Reports on military cantonments and civil stations in the Presidency of Bombay inspected by the Sanitary Commissioner in the years 1875 and 1876
Year: 1875
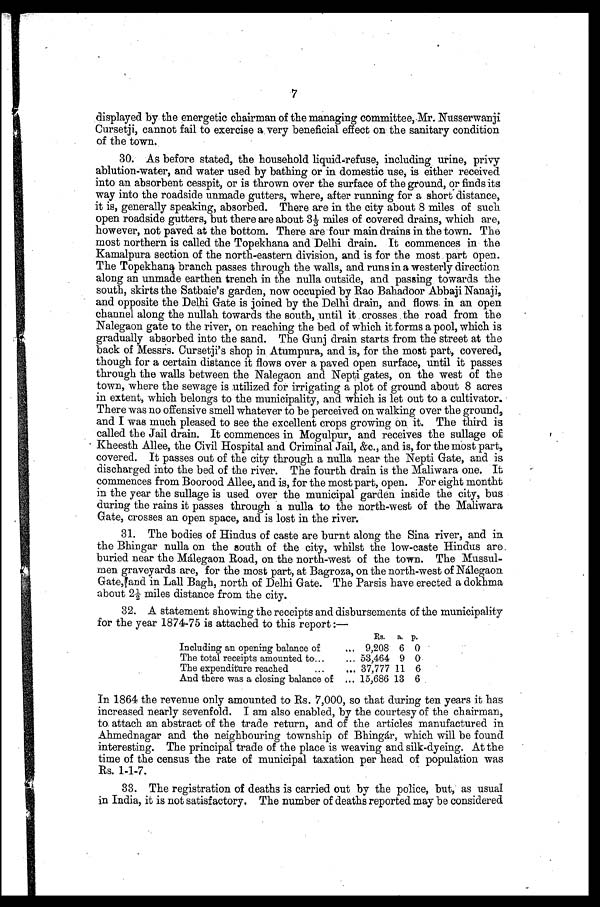
11
Whilst standing they are constant sources of danger to passers-by; and the
properties should be enclosed, as they otherwise become depôts of filth.
40. The streets should be named, and the width of each street in the city
should be determined upon, and marked on the map; and whenever an application
is received for building or rebuilding a house, set-backs should be most rigidly
enforced; and every effort should be made to open out the covered portion of the
road-side gutters, which should, in order to prevent the saturation of the sub
-soil, be paved with stones laid in the form of the letter U.
41. No private privies should be allowed to be built inside houses, their
erection should be discouraged as much as possible; but if permitted, their isola
-tion by an air-space of 3 feet all round should be insisted upon, and no privy trap
-doors should be allowed to open into a public street. Wherever two or more
properties adjoin, a sweeper's passage, which should be paved and which should
communicate with a drain, should be left to give access to the backs of the
privies; and I am of opinion, that as the wadgas are dangerous to the public
health, they ought to be abolished; but, before this action is taken, the municipa
-lity ought to erect a greater number of public necessaries.
42. I also think that the burial of nightsoil at the public necessaries
situated within a few yards of the Málegaon Road and at Waitagwadi is objection
-able, and ought not to be continued, as, not only is it dangerous to the health of
the lime-kiln burners and others in the neighbourhood, but it is too near the
police lines and to the officers' quarters in the adjoining military cantonment.
43. The floor of the principal places of deposit of cutchra in the town
ought to be paved, as at present, in many instances, I saw a hollow and irregular
surface from which the cutchra was not removed; and the cultivators living in
Maliwara ought not any longer to be allowed to store their household refuse close
to their houses. If they require it for agriculture they should be made to remove
it every day to their fields.
44. The indigo-dyeing manufactories are offensive, and, in my opinion,
dangerous to the public health, and they ought to be removed outside the town,
and the potters' places should be very carefully inspected and licensed, and no
license should be granted for a new place.
45. The offensive trades outside the town ought to be carried on under a
license from the municipality, and the construction of masonry-drains and the
daily removal of offensive matter from these places, should be insisted upon.
46. The beef market should, for reasons stated in a former part of the
report, be removed from its present site.
47. I was sorry to see the city walls being repaired in places; they obstruct
the ventilation in the town, and might advantageously be removed or allowed to
fall down.
48. In many vacant places prickly-pear has been allowed to grow with
the luxuriance it always exhibits, but it ought to be eradicated.
49. The wooden boxes now placed in the streets, as temporary places for
the deposit for nightsoil, ought not to be permitted. If it is impossible to do
away with them, an iron box, holding charcoal in the lid, should be substituted
for them.
50. The burning places for Hindus should be selected at some distance to
the south of the town, and a site should be chosen in the same direction for Mussul
-men and low-caste Hindu graveyards.
51. I am given to understand that a set of bye-laws to regulate offensive
and dangerous trades, the registration of births and deaths, &c., has just been